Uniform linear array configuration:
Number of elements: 24
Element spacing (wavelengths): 0.5
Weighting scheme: blackman
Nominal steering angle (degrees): -15
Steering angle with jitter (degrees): -14.65
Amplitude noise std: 0.05
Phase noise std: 0.05

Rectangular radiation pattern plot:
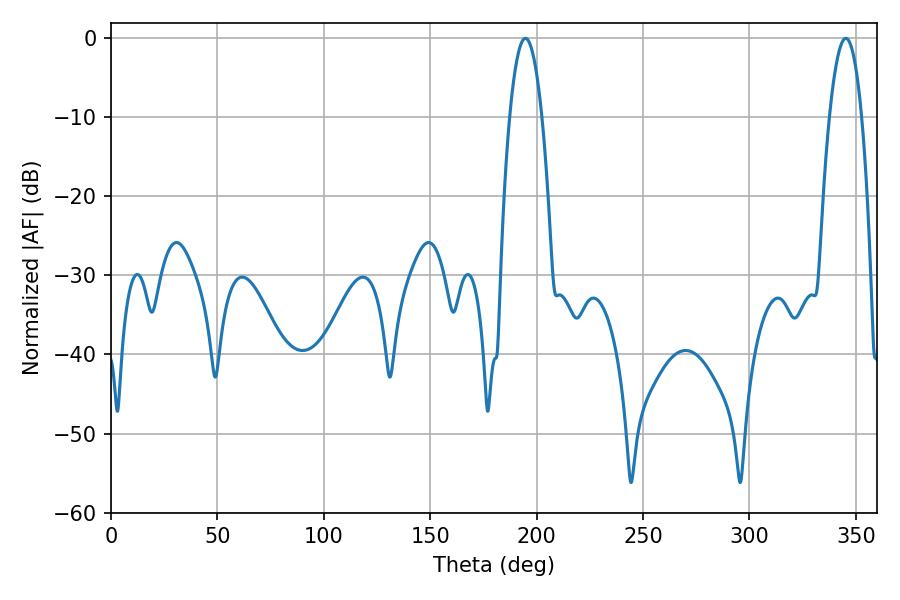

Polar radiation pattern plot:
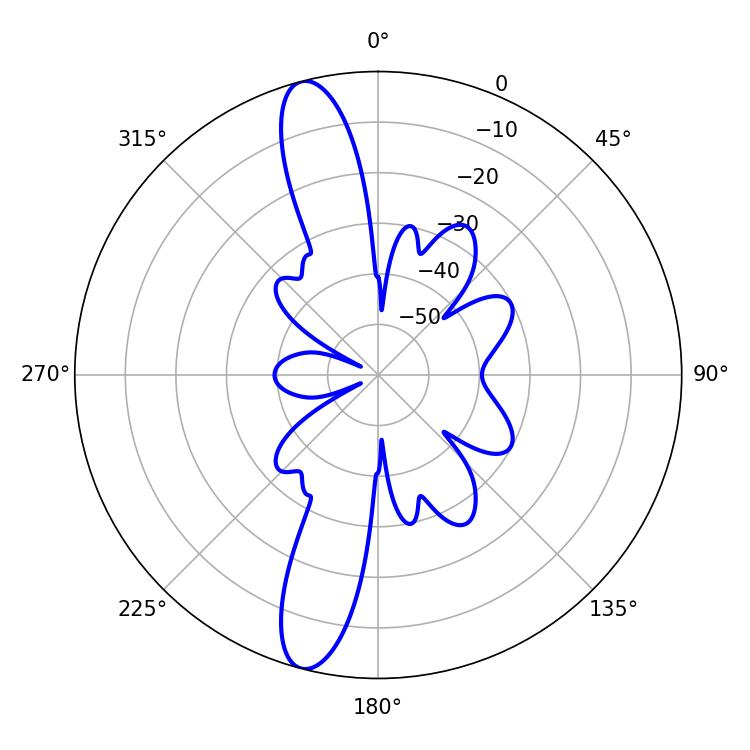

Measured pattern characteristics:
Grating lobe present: FALSE
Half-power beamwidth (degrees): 8.28
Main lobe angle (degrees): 194.76